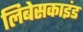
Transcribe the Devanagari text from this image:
लिबेसकाइंड